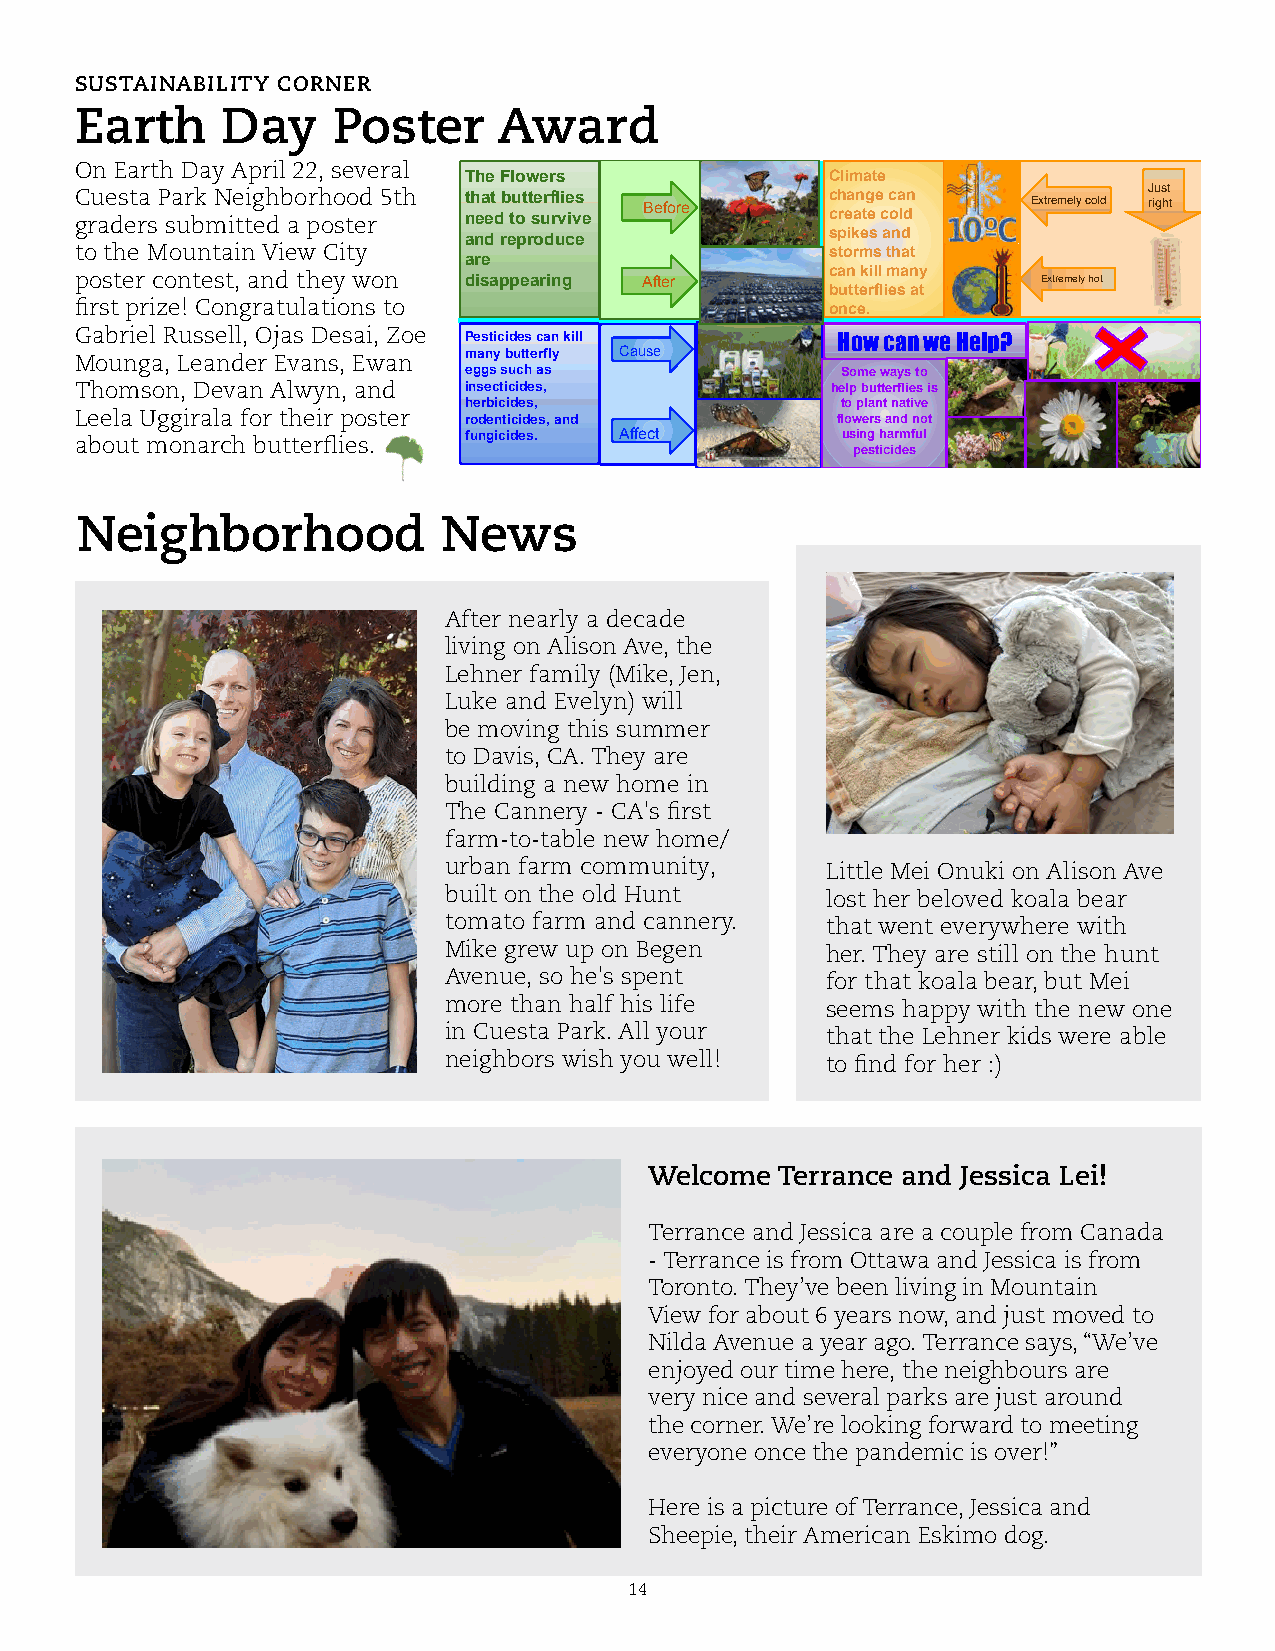
SUSTAINABILITY CORNER
 Earth     Day    Poster     Award
 On Earth Day April 22, several
 The Flowers             Climate
 Cuesta Park Neighborhood 5th that butterflies Before change can Extremely cold J riu gs ht t
 graders submitted a poster need to survive        create cold
 and reproduce           spikes and
 to the Mountain View City                         storms that
 are
 poster contest, and they won disappearing After   can kill many Extremely hot
 butterflies at
 first prize! Congratulations to                   once.
 Gabriel Russell, Ojas Desai, Zoe
 Pesticides can kill     How can we Help?
 Mounga, Leander Evans, Ewan many butterfly Cause
 eggs such as             Some ways to
 Thomson, Devan Alwyn, and insecticides,           help butterflies is
 herbicides,              to plant native
 Leela Uggirala for their poster rodenticides, and flowers and not
 about monarch butterflies. fungicides. Affect      using harmful
 pesticides
 Neighborhood            News
 After nearly a decade
 living on Alison Ave, the
 Lehner family (Mike, Jen,
 Luke and Evelyn) will
 be moving this summer
 to Davis, CA. They are
 building a new home in
 The Cannery - CA's first
 farm-to-table new home/
 urban farm community,     Little Mei Onuki on Alison Ave
 built on the old Hunt     lost her beloved koala bear
 tomato farm and cannery.  that went everywhere with
 Mike grew up on Begen     her. They are still on the hunt
 Avenue, so he's spent     for that koala bear, but Mei
 more than half his life   seems happy with the new one
 in Cuesta Park. All your  that the Lehner kids were able
 neighbors wish you well!  to find for her :)
 Welcome Terrance and Jessica Lei!
 Terrance and Jessica are a couple from Canada
 - Terrance is from Ottawa and Jessica is from
 Toronto. They’ve been living in Mountain
 View for about 6 years now, and just moved to
 Nilda Avenue a year ago. Terrance says, “We’ve
 enjoyed our time here, the neighbours are
 very nice and several parks are just around
 the corner. We’re looking forward to meeting
 everyone once the pandemic is over!”
 Here is a picture of Terrance, Jessica and
 Sheepie, their American Eskimo dog.
 14